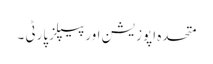
متحدہ اپوزیشن اورپیپلزپارٹی ۔